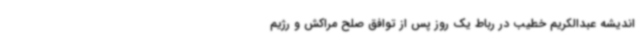
اندیشه عبدالکریم خطیب در رباط یک روز پس از توافق صلح مراکش و رژیم